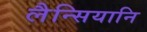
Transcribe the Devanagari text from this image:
लैन्सियानि